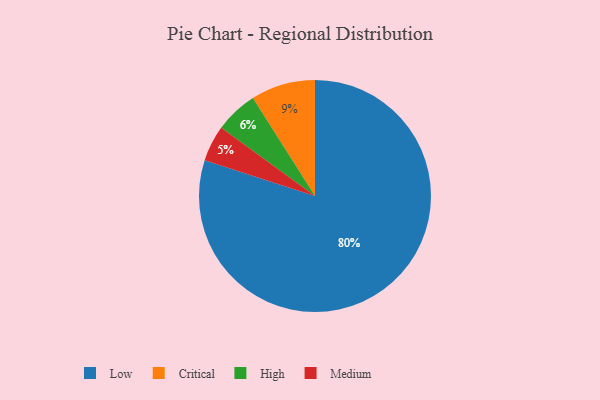
{"axis": {"x": "Category", "y": "Percentage"}, "legend": ["Critical", "High", "Low", "Medium"], "data": [{"x": "Low", "y": 80, "type": "Low"}, {"x": "High", "y": 6, "type": "High"}, {"x": "Medium", "y": 5, "type": "Medium"}, {"x": "Critical", "y": 9, "type": "Critical"}]}